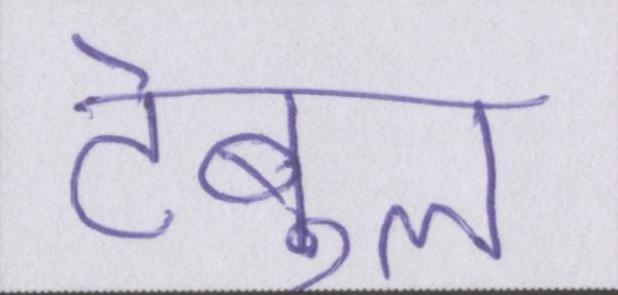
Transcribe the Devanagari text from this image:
टेबुल